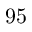
9 5